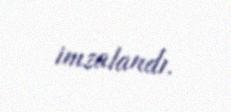
imzalandı.